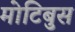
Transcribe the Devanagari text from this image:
मोटिबुस